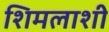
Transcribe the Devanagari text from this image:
शिमलाशी